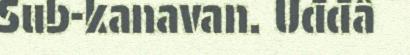
Sub-kanavan. Uđđâ